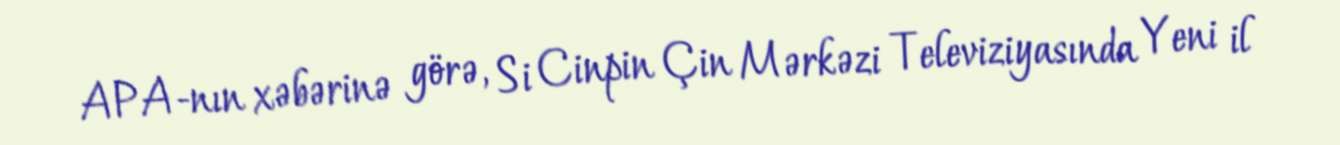
APA-nın xəbərinə görə, Si Cinpin Çin Mərkəzi Televiziyasında Yeni il